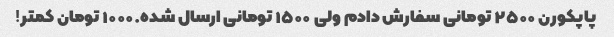
پاپکورن ۲۵۰۰ تومانی سفارش دادم ولی ۱۵۰۰ تومانی ارسال شده.۱۰۰۰ تومان کمتر!